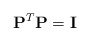
\begin{align*}{\bf P} ^T {\bf P} = {\bf I}\end{align*}